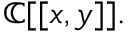
\mathbb { C } [ [ x , y ] ] .